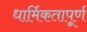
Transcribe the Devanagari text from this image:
धार्मिकतापूर्ण